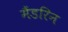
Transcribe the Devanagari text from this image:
मैंडरिन